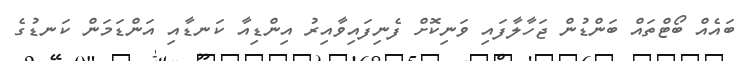
ބައެއް ބޯޓްތައް ބަންޑުން ޖަހާލާފައި ވަނިކޮށް ފެނިފައިވާއިރު އިންޑިއާ ކަނޑާއި އަންޑަމަން ކަނޑުގެ